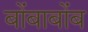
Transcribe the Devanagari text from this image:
बोंबाबोंब